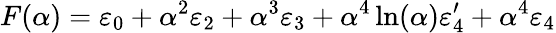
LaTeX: F(\alpha)=\varepsilon_{0}+\alpha^{2}\varepsilon_{2}+\alpha^{3}\varepsilon_{3}+\alpha^{4}\ln(\alpha)\varepsilon_{4}^{\prime}+\alpha^{4}\varepsilon_{4}